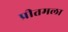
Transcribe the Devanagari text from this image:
प्रीतमला